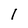
Character: 1